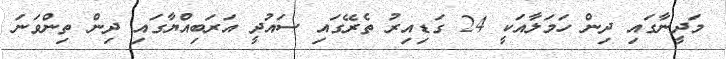
މަދީނާގައި ދިން ހަމަލާއަކީ 24 ގަޑިއިރު ތެރޭގައި ސައުދީ އަރަބިއްޔާގައި ދިން ތިންވަނަ